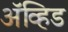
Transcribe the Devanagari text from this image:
अॅव्हिड